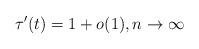
LaTeX: \begin{align*}\tau'(t) = 1 + o(1), n \to \infty\end{align*}